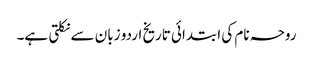
روحہ نام کی ابتدائی تاریخ اردو زبان سے نکلتی ہے۔